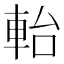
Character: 軩